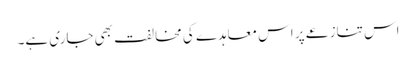
اس تنازعے پر اس معاہدے کی مخالفت بھی جاری ہے۔